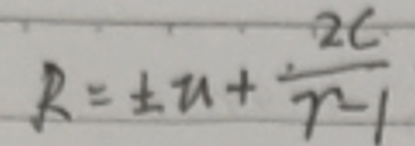
$R = \pm u + \frac { 2 c } { m - 1 }$